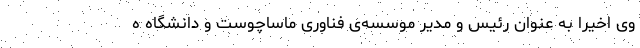
وی اخیرا به عنوان رئیس و مدیر موسسه‌ی فناوری ماساچوست و دانشگاه ه